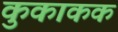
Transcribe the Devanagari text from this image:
कुकाकक